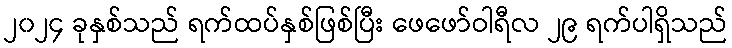
၂၀၂၄ ခုနှစ်သည် ရက်ထပ်နှစ်ဖြစ်ပြီး ဖေဖော်ဝါရီလ ၂၉ ရက်ပါရှိသည်